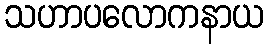
သဟာပလောကနာယ